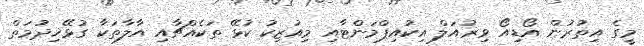
މީގެ އިތުރުން އޯޑިއޯ ވިޜުއަލް އިކުއިޕްމަންޓާއި މިއުޒިކު ކުޅޭ ތަކެއްޗާއި އާލާތަކާ ގުޅޭޚިދުމަތް